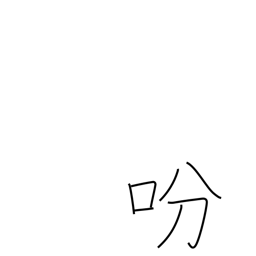
Meaning: give an order